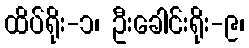
ထိပ်ရိုး-၁၊ ဦးခေါင်းရိုး-၉၊